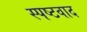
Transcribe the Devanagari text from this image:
स्पष्टवाद